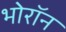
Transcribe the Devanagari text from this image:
भोरॉन